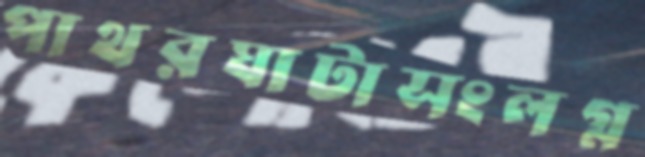
পাথরঘাটাসংলগ্ন